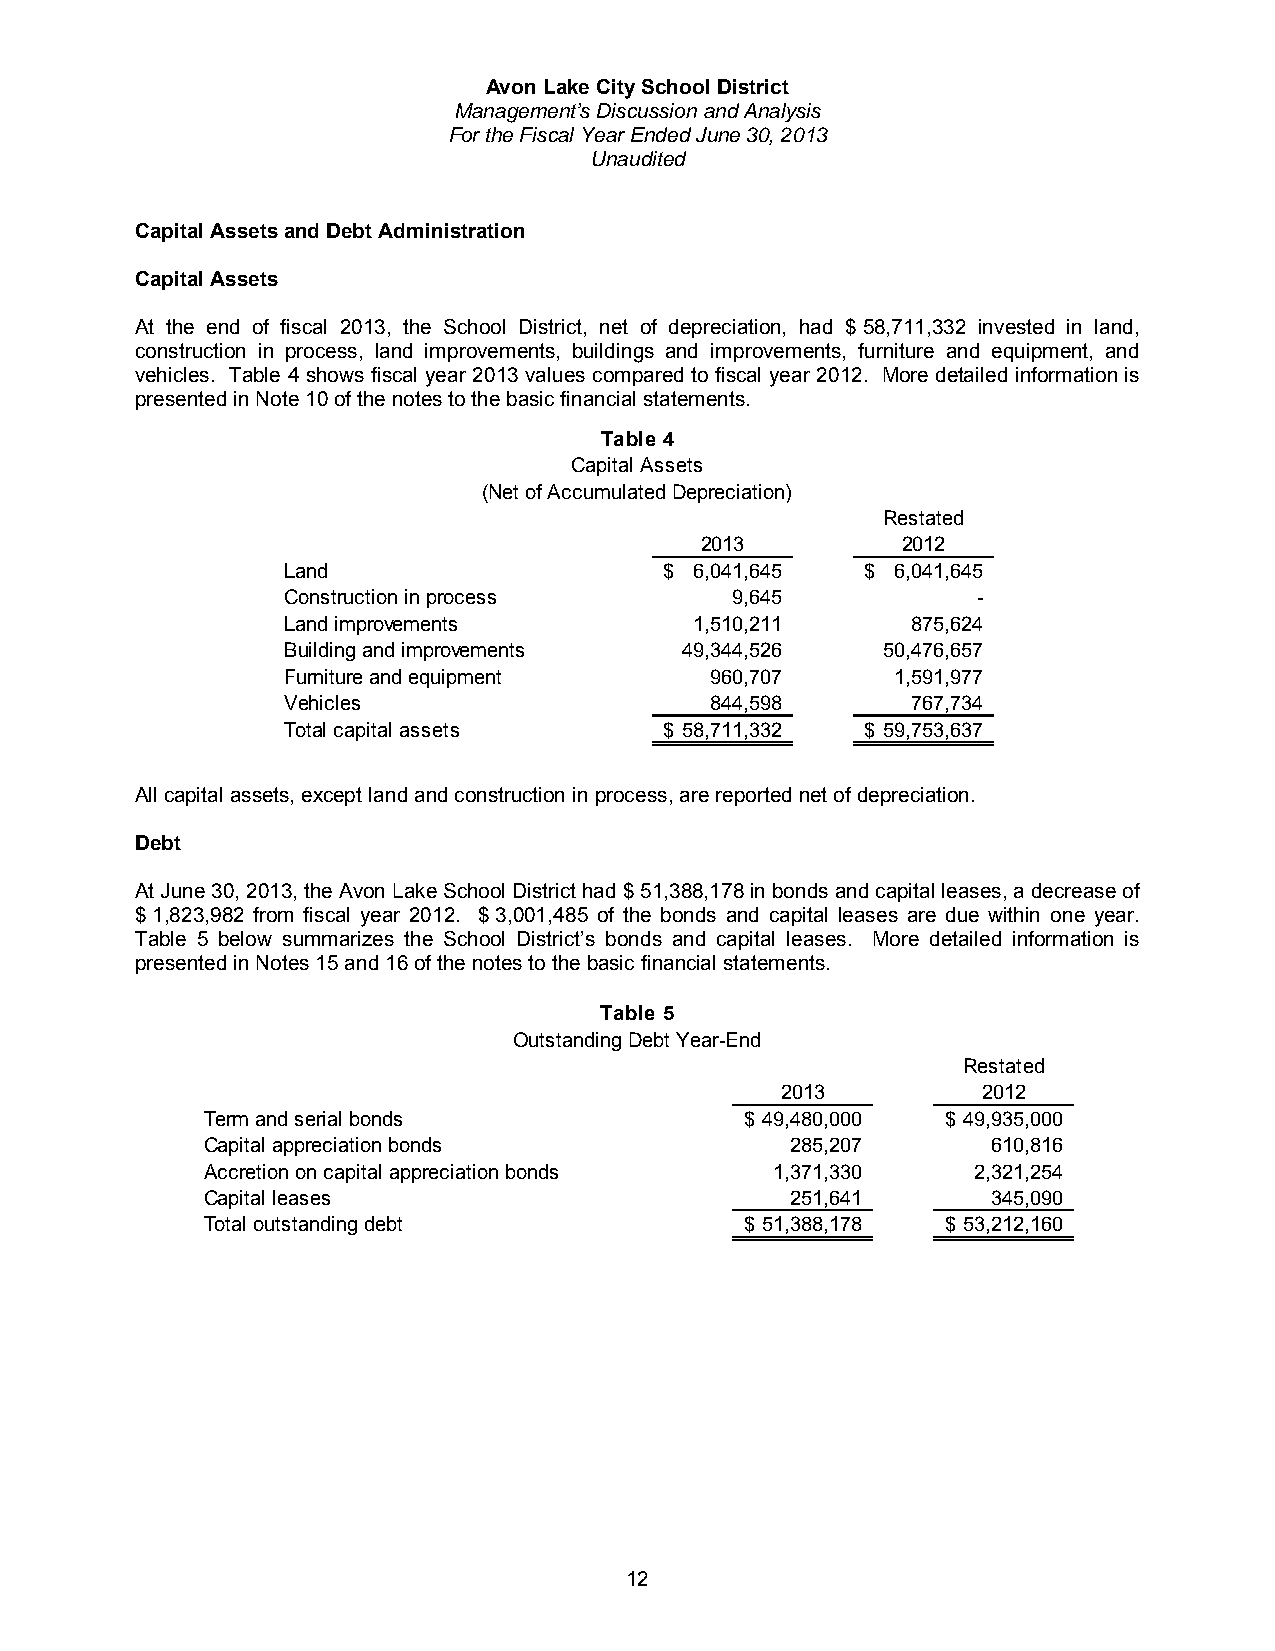
Avon Lake City School District
 Management’s Discussion and Analysis
 For the Fiscal Year Ended June 30, 2013
 Unaudited
 Capital Assets and Debt Administration
 Capital Assets
 At the end of fiscal 2013, the School District, net of depreciation, had $ 58,711,332 invested in land,
 construction in process, land improvements, buildings and improvements, furniture and equipment, and
 vehicles. Table 4 shows fiscal year 2013 values compared to fiscal year 2012. More detailed information is
 presented in Note 10 of the notes to the basic financial statements.
 Tab le 4
 Capital Assets
 (Net of Accumulated Depreciation)
 Restated
 2013          2012
 Land                     $ 6 ,041,645 $ 6 ,041,645
 Construction in process      9 ,645           -
 Land improvements          1,510,211     875,624
 Building and improvements 4 9,344,526  5 0,476,657
 Furniture and equipment     960,707     1,591,977
 Vehicles                    844,598      767,734
 Total capital assets     $ 58,711,332 $ 59,753,637
 All capital assets, except land and construction in process, are reported net of depreciation.
 Debt
 At June 30, 2013, the Avon Lake School District had $ 51,388,178 in bonds and capital leases, a decrease of
 $ 1,823,982 from fiscal year 2012. $ 3,001,485 of the bonds and capital leases are due within one year.
 Table 5 below summarizes the School District’s bonds and capital leases. More detailed information is
 presented in Notes 15 and 16 of the notes to the basic financial statements.
 Table 5
 Outstanding Debt Year-End
 Restated
 2013         2012
 Term and serial bonds              $ 49,480,000  $ 49,935,000
 Capital appreciation bonds            285,207       610,816
 Accretion on capital appreciation bonds 1,371,330  2,321,254
 Capital leases                        251,641       345,090
 Total outstanding debt             $ 51,388,178  $ 53,212,160
 12